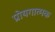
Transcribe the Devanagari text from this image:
प्रोयगात्मक